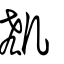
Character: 𠙏